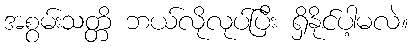
အစွမ်းသတ္တိ ဘယ်လိုလုပ်ပြီး ရှိနိုင်ပါ့မလဲ။